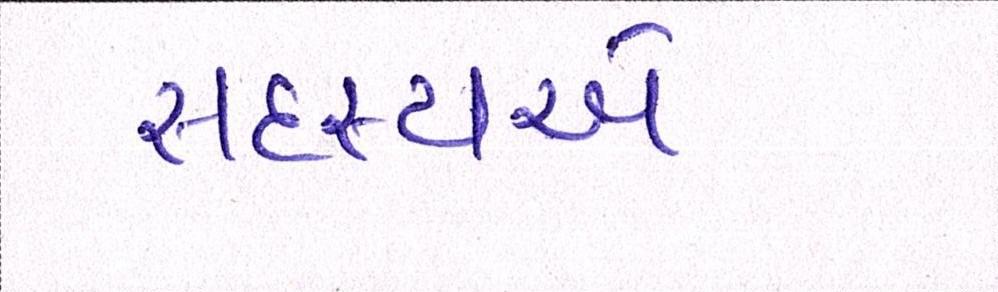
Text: સદસ્યએ